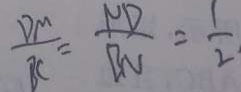
\frac { D M } { B C } = \frac { N D } { B N } = \frac { 1 } { 2 }